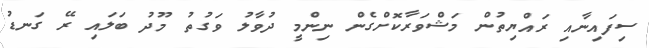
ސިފައިނާއި ރައްޔިތުން މަޝްވަރާކޮށްގެން ނިންމީ ދުވާލު ވަގުތު މޫދު ބަލައި ރޭ ގަނޑު